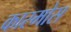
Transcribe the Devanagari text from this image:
कास्मोस